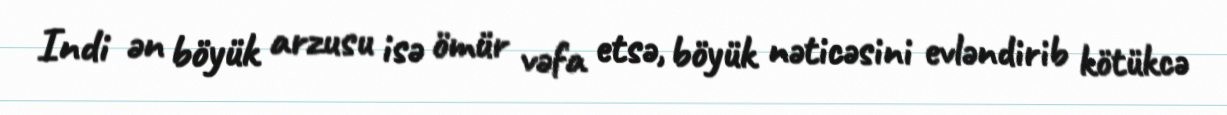
Indi ən böyük arzusu isə ömür vəfa etsə, böyük nəticəsini evləndirib kötükcə